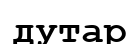
дутар